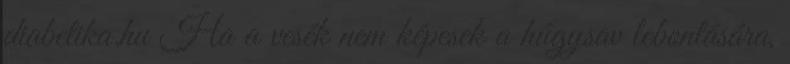
diabetika.hu Ha a vesék nem képesek a húgysav lebontására,